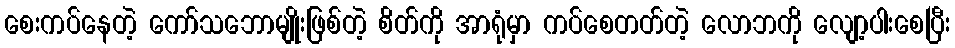
စေးကပ်နေတဲ့ ကော်သဘောမျိုးဖြစ်တဲ့ စိတ်ကို အာရုံမှာ ကပ်စေတတ်တဲ့ လောဘကို လျော့ပါးစေပြီး